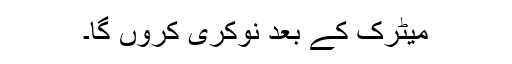
میٹرک کے بعد نوکری کروں گا۔